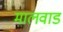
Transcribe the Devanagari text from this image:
मालवाड